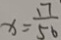
x = \frac { 1 7 } { 5 6 }